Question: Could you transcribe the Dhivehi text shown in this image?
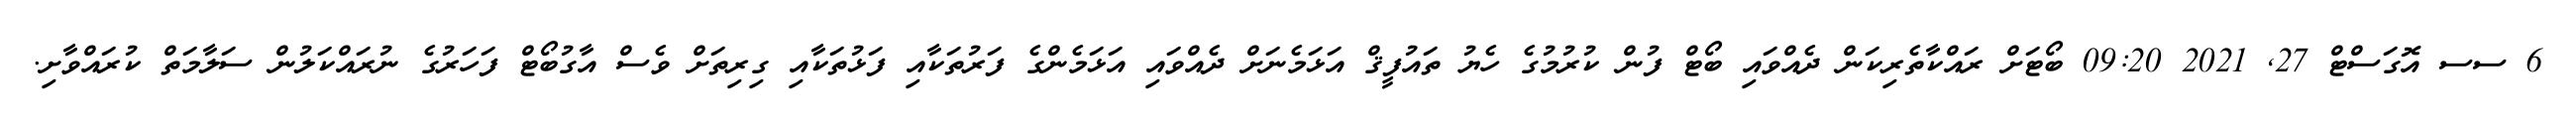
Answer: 6 ސސ އޮގަސްޓް 27, 2021 09:20 ބޯޓަށް ރައްކާތެރިކަން ދެއްވައި ބޯޓް ފުން ކުރުމުގެ ހެޔު ތައުފީޤް އަޅަމެނަށް ދެއްވައި އަޅަމެންގެ ފަރުތަކާއި ފަޅުތަކާއި ގިރިތަށް ވެސް އާގުބޯޓް ފަހަރުގެ ނުރައްކަލުން ސަލާމަތް ކުރައްވާށި.